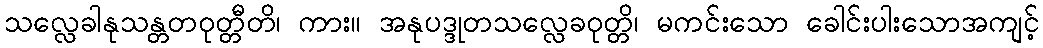
သလ္လေခါနုသန္တတဝုတ္တီတိ၊ ကား။ အနုပဒ္ဒုတသလ္လေခဝုတ္တိ၊ မကင်းသော ခေါင်းပါးသောအကျင့်